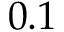
0 . 1